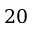
2 0